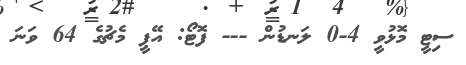
ސިޓީ މޮޅުވީ 4-0 ލަނޑުން --- ފޮޓޯ: އޭޕީ މެޗުގެ 64 ވަނަ